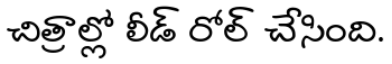
చిత్రాల్లో లీడ్ రోల్ చేసింది.